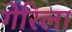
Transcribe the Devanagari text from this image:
गेरिला